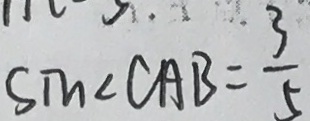
\sin \angle C A B = \frac { 3 } { 5 }